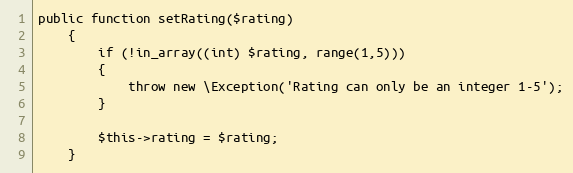
Language: PHP
public function setRating($rating)
    {
        if (!in_array((int) $rating, range(1,5)))
        {
            throw new \Exception('Rating can only be an integer 1-5');
        }

        $this->rating = $rating;
    }